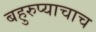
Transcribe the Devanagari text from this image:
बहुरुप्याचाच